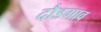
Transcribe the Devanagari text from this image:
दौडगाव